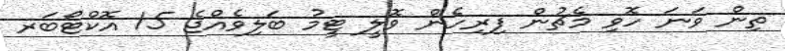
ތިން ވަނަ ހޮވި މެޗުން ފިރިހެން ވޮލީ ޓީމު ބަލިވެއްޖެ 15 އޮކްޓޯބަރ